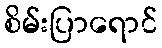
စိမ်းပြာရောင်